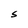
Character: S